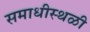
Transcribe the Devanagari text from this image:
समाधीस्थळी